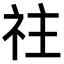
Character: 𥘭